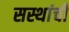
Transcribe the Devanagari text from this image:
सस्थांची